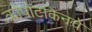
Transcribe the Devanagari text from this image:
क्रोपोटकिनचे